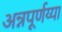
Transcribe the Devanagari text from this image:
अन्नपूर्णय्या